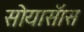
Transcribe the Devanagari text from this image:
सोयासॅास